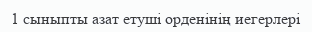
1 сыныпты азат етуші орденінің иегерлері